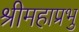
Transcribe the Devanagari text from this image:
श्रीमहाप्रभु